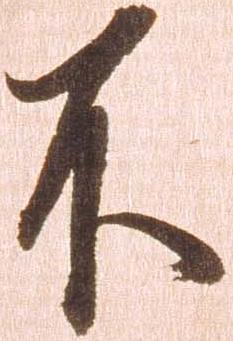
不